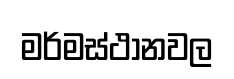
මර්මස්ථානවල